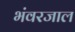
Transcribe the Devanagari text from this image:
भंवरजाल